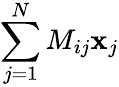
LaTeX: \sum_{j=1}^{N}M_{ij}\mathbf{x}_{j}